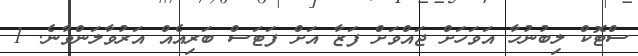
ސްޓޮކް ލިބުނުހާ އަވަހަށް ޖައްވަށް ފަޒާ އަށް ފަޓަސް ބަރިއެއް އަރުވާލަންވާނެ. 1